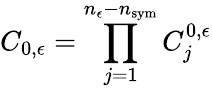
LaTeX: C_{0,\epsilon}=\prod_{j=1}^{n_{\epsilon}-n_{\mathrm{sym}}}C_{j}^{0,\epsilon}